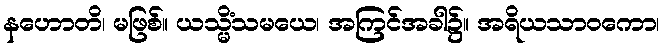
နဟောတိ၊ မဖြစ်။ ယသ္မိံသမယေ၊ အကြင်အခါ၌။ အရိယသာဝကော၊